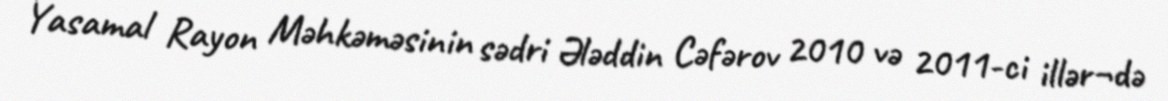
Yasamal Rayon Məhkəməsinin sədri Ələddin Cəfərov 2010 və 2011-ci illər¬də